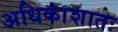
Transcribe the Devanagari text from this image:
अधिकांशातः